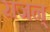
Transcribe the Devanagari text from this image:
राजन्‌